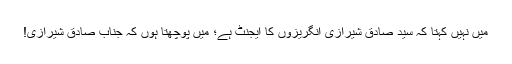
میں نہیں کہتا کہ سید صادق شیرازی انگریزوں کا ایجنٹ ہے؛ میں پوچھتا ہوں کہ جناب صادق شیرازی!